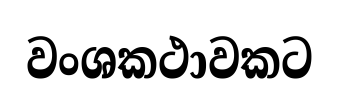
වංශකථාවකට